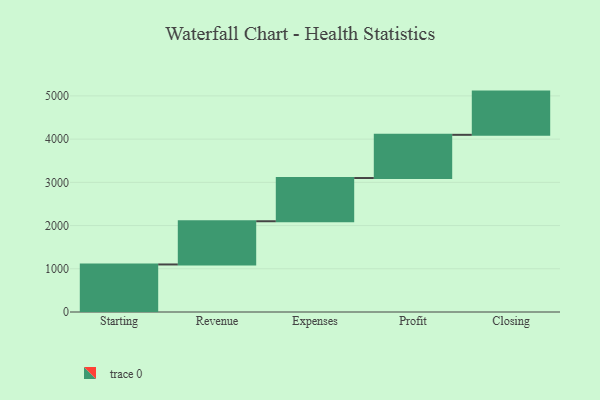
{"axis": {"x": "Step", "y": "Value"}, "legend": [""], "data": [{"x": "Starting", "y": 1100.0, "type": ""}, {"x": "Revenue", "y": 1000, "type": ""}, {"x": "Expenses", "y": 1000, "type": ""}, {"x": "Profit", "y": 1000, "type": ""}, {"x": "Closing", "y": 1000, "type": ""}]}